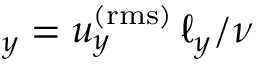
_ y = u _ { y } ^ { \mathrm { ( r m s ) } } \, \ell _ { y } / \nu